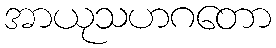
အာယုသဟဂတော